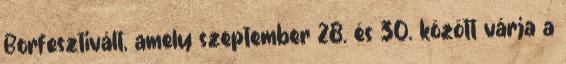
Borfesztivált, amely szeptember 28. és 30. között várja a